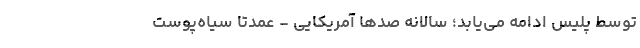
توسط پلیس ادامه می‌یابد؛ سالانه صدها آمریکایی - عمدتاًً سیاه‌پوست